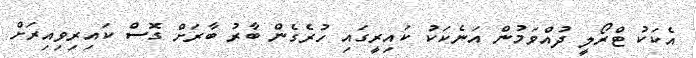
އެކަކު ޓްރޯލީ ދުއްވަމުން އަނެކަކު ކައިރީގައި ހުރެގެން ބާރު ބާރަށް ގޮސް ކައިރިވިއިރަށް